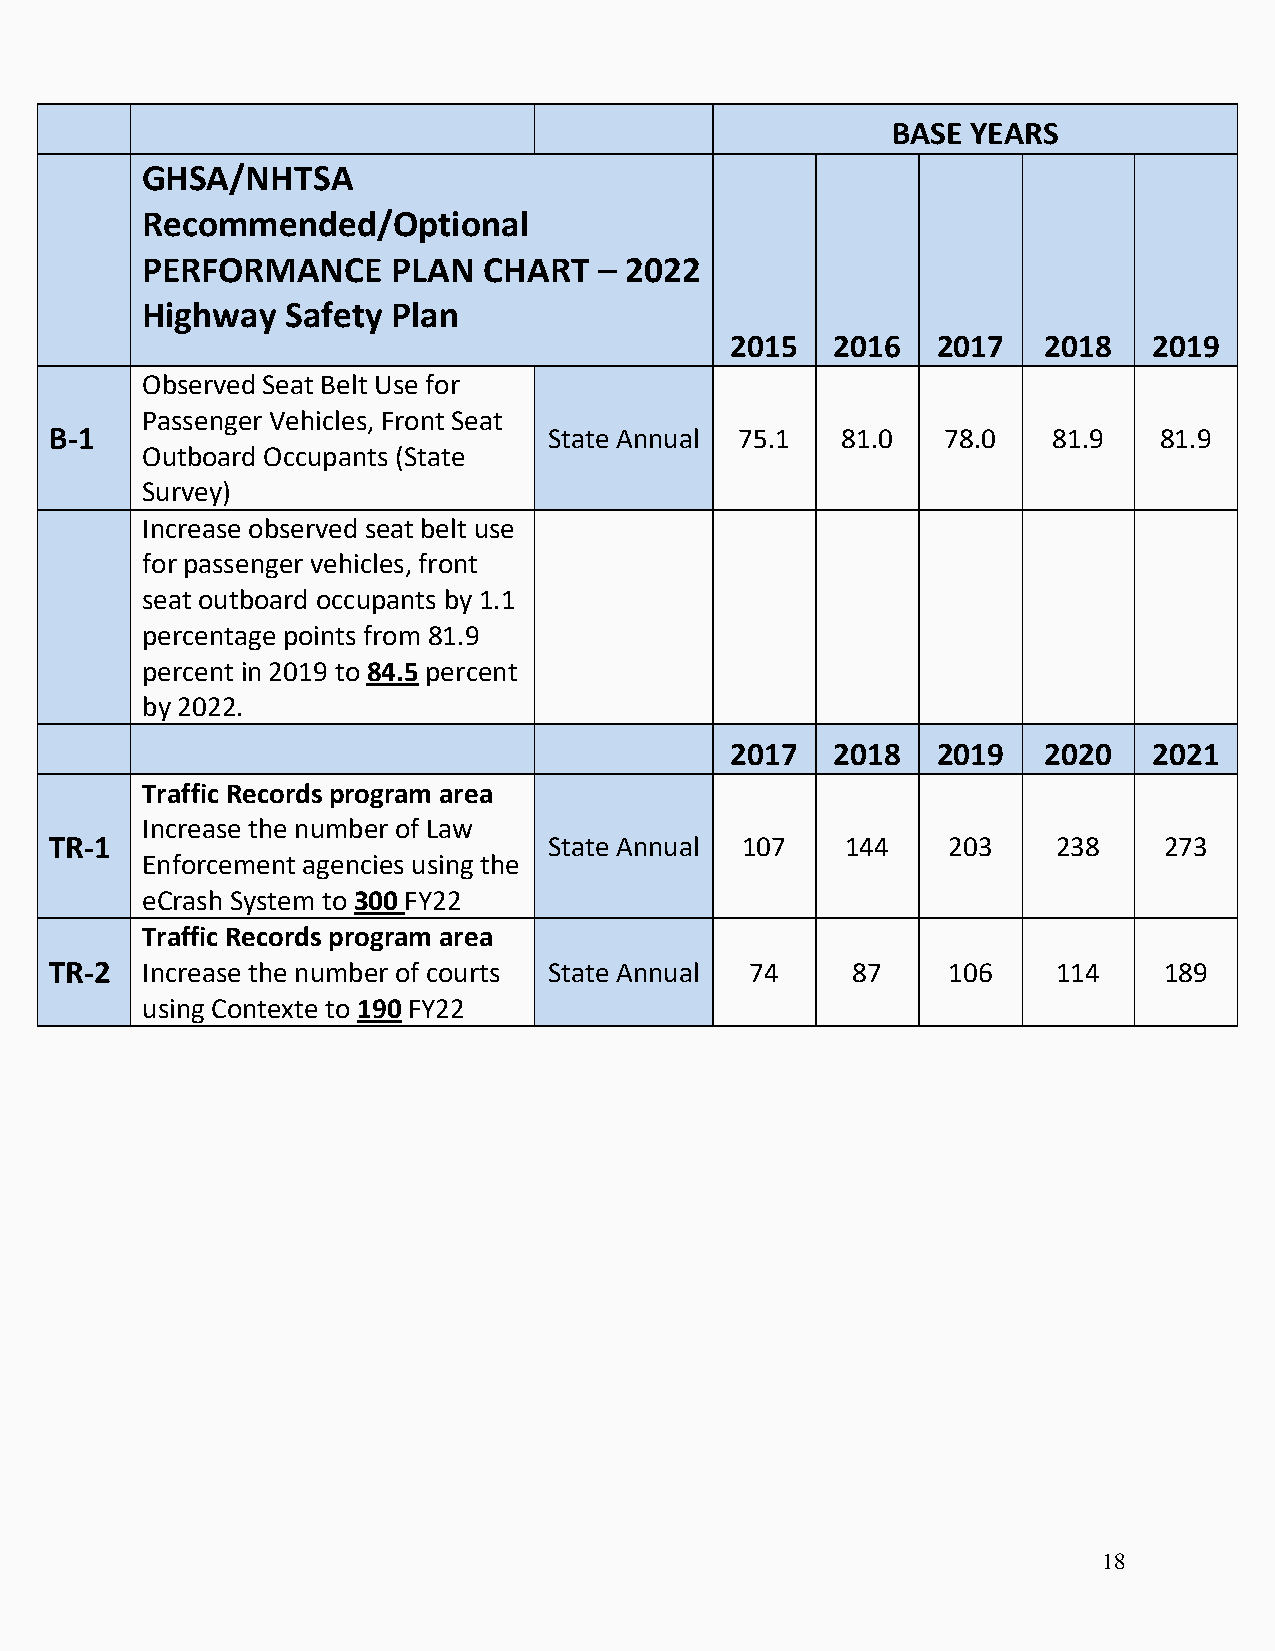
BASE YEARS
 GHSA/NHTSA
 Recommended/Optional
 PERFORMANCE      PLAN  CHART   – 2022
 Highway   Safety Plan
 2015   2016   2017   2018   2019
 Observed Seat Belt Use for
 Passenger Vehicles, Front Seat
 B-1                              State Annual 75.1   81.0   78.0   81.9   81.9
 Outboard Occupants (State
 Survey)
 Increase observed seat belt use
 for passenger vehicles, front
 seat outboard occupants by 1.1
 percentage points from 81.9
 percent in 2019 to 84.5 percent
 by 2022.
 2017   2018   2019   2020   2021
 Traffic Records program area
 Increase the number of Law
 TR-1                             State Annual 107    144    203    238    273
 Enforcement agencies using the
 eCrash System to 300 FY22
 Traffic Records program area
 TR-2  Increase the number of courts State Annual 74  87     106    114    189
 using Contexte to 190 FY22
 18